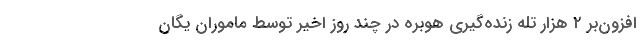
افزون‌بر ۲ هزار تله زنده‌گیری هوبره در چند روز اخیر توسط ماموران یگان